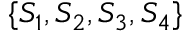
\{ S _ { 1 } , S _ { 2 } , S _ { 3 } , S _ { 4 } \}